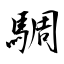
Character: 騆